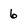
Character: 6